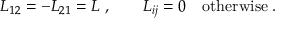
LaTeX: L _ { 1 2 } = - L _ { 2 1 } = L \; , \qquad L _ { i j } = 0 \quad \mathrm { o t h e r w i s e } \; .